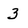
Character: 3